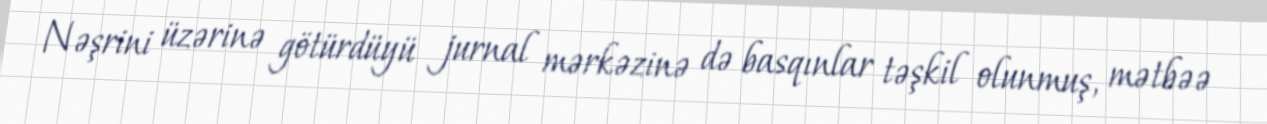
Nəşrini üzərinə götürdüyü jurnal mərkəzinə də basqınlar təşkil olunmuş, mətbəə